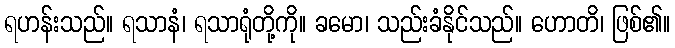
ရဟန်းသည်။ ရသာနံ၊ ရသာရုံတို့ကို။ ခမော၊ သည်းခံနိုင်သည်။ ဟောတိ၊ ဖြစ်၏။